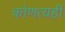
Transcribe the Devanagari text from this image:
कोणत्यही